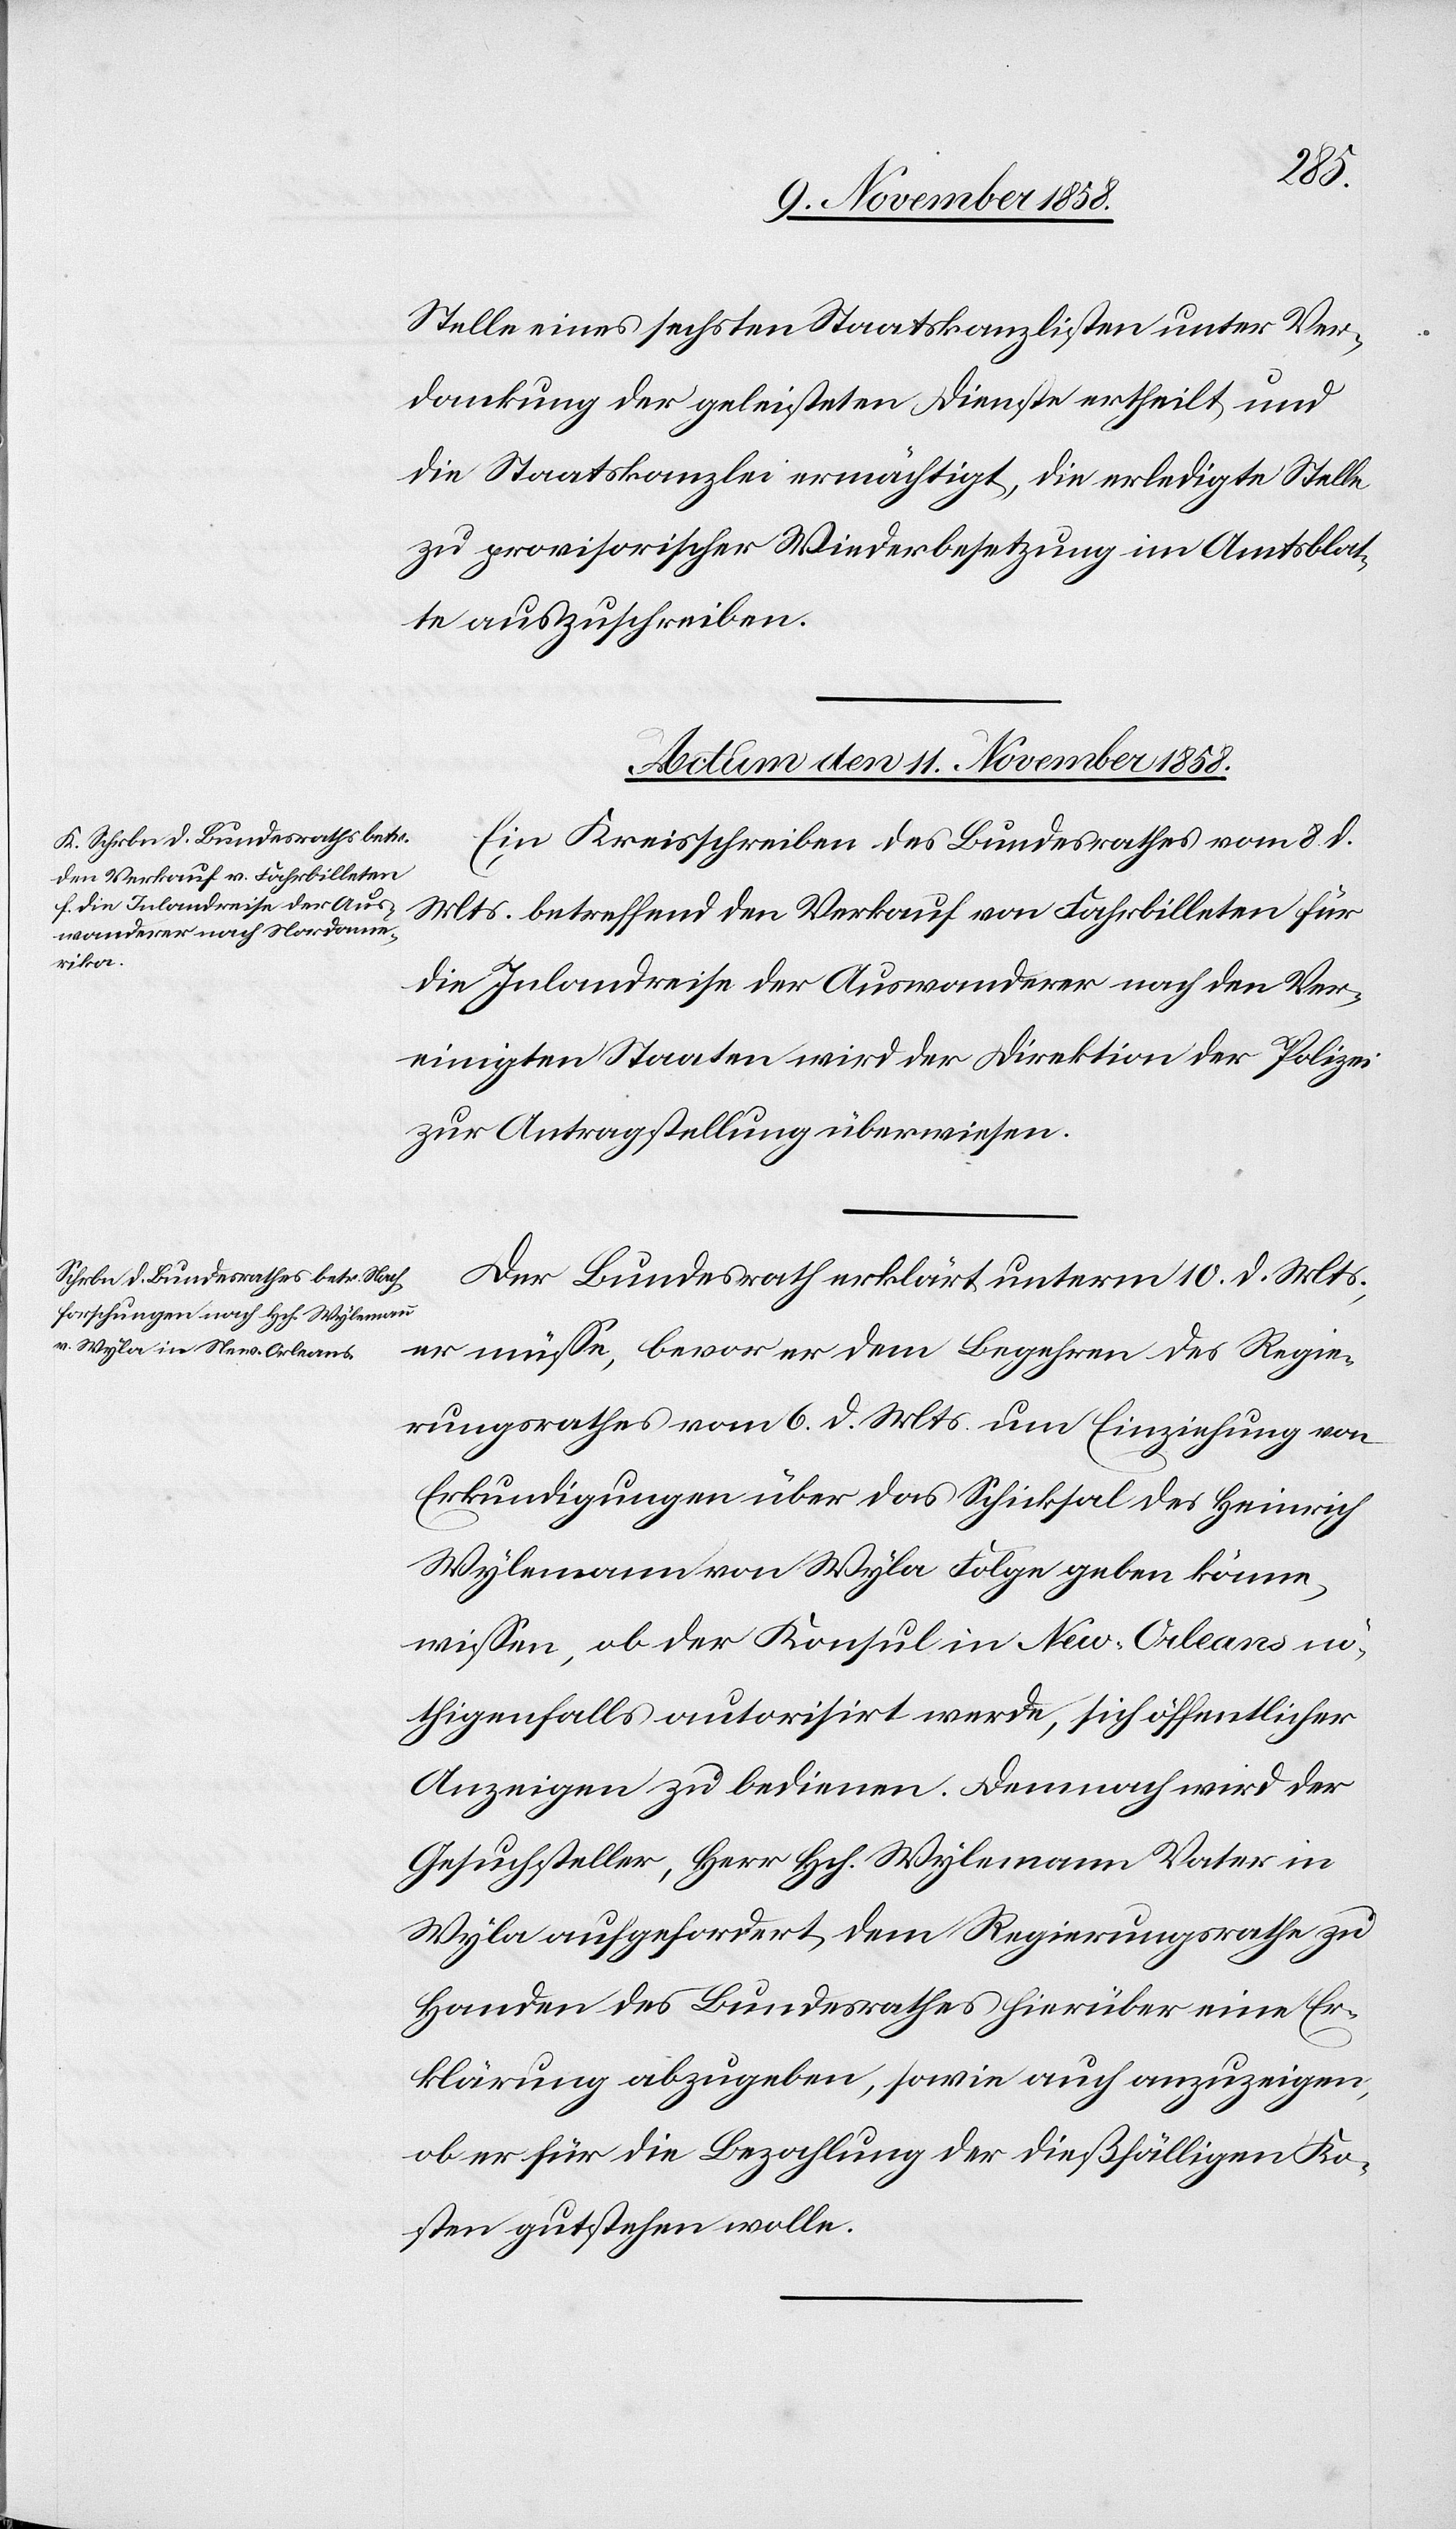
Stelle eines sechsten Staatskanzlisten unter Ver¬
dankung der geleisteten Dienste ertheilt und
die Staatskanzlei ermächtigt, die erledigte Stelle
zu provisorischer Wiederbesetzung im Amtsblat¬
te auszuschreiben.
Actum den 11. November 1858.]
Ein Kreisschreiben des Bundesrathes vom 8. d.
Mts. betreffend den Verkauf von Fahrbilleten für
die Inlandreise der Auswanderer nach den Ver¬
einigten Staaten wird der Direktion der Polizei
zur Antragstellung überwiesen.
Der Bundesrath erklärt unterm 10. d. Mts.,
er müsse, bevor er dem Begehren des Regie¬
rungsrathes vom 6. d. Mts. um Einziehung von
Erkundigungen über das Schicksal des Heinrich
Wylemann von Wyla Folge geben könne,
wissen, ob der Konsul in New-Orleans nö¬
thigenfalls autorisirt werde, sich öffentlicher
Anzeigen zu bedienen. Demnach wird der
Gesuchsteller, Herr Hch. Wylemann Vater in
Wyla aufgefordert, dem Regierungsrathe zu
Handen des Bundesrathes hierüber eine Er¬
klärung abzugeben, sowie auch anzuzeigen,
ob er für die Bezahlung der dießfälligen Ko¬
sten gutstehen wolle.